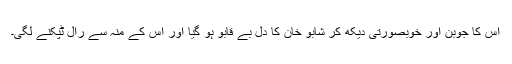
اُس کا جوبن اور خوبصورتی دیکھ کر شابو خان کا دل بے قابو ہو گیا اور اْس کے مْنہ سے رال ٹپکنے لگی۔